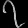
Digit: ၇